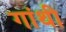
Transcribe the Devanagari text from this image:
गांथी